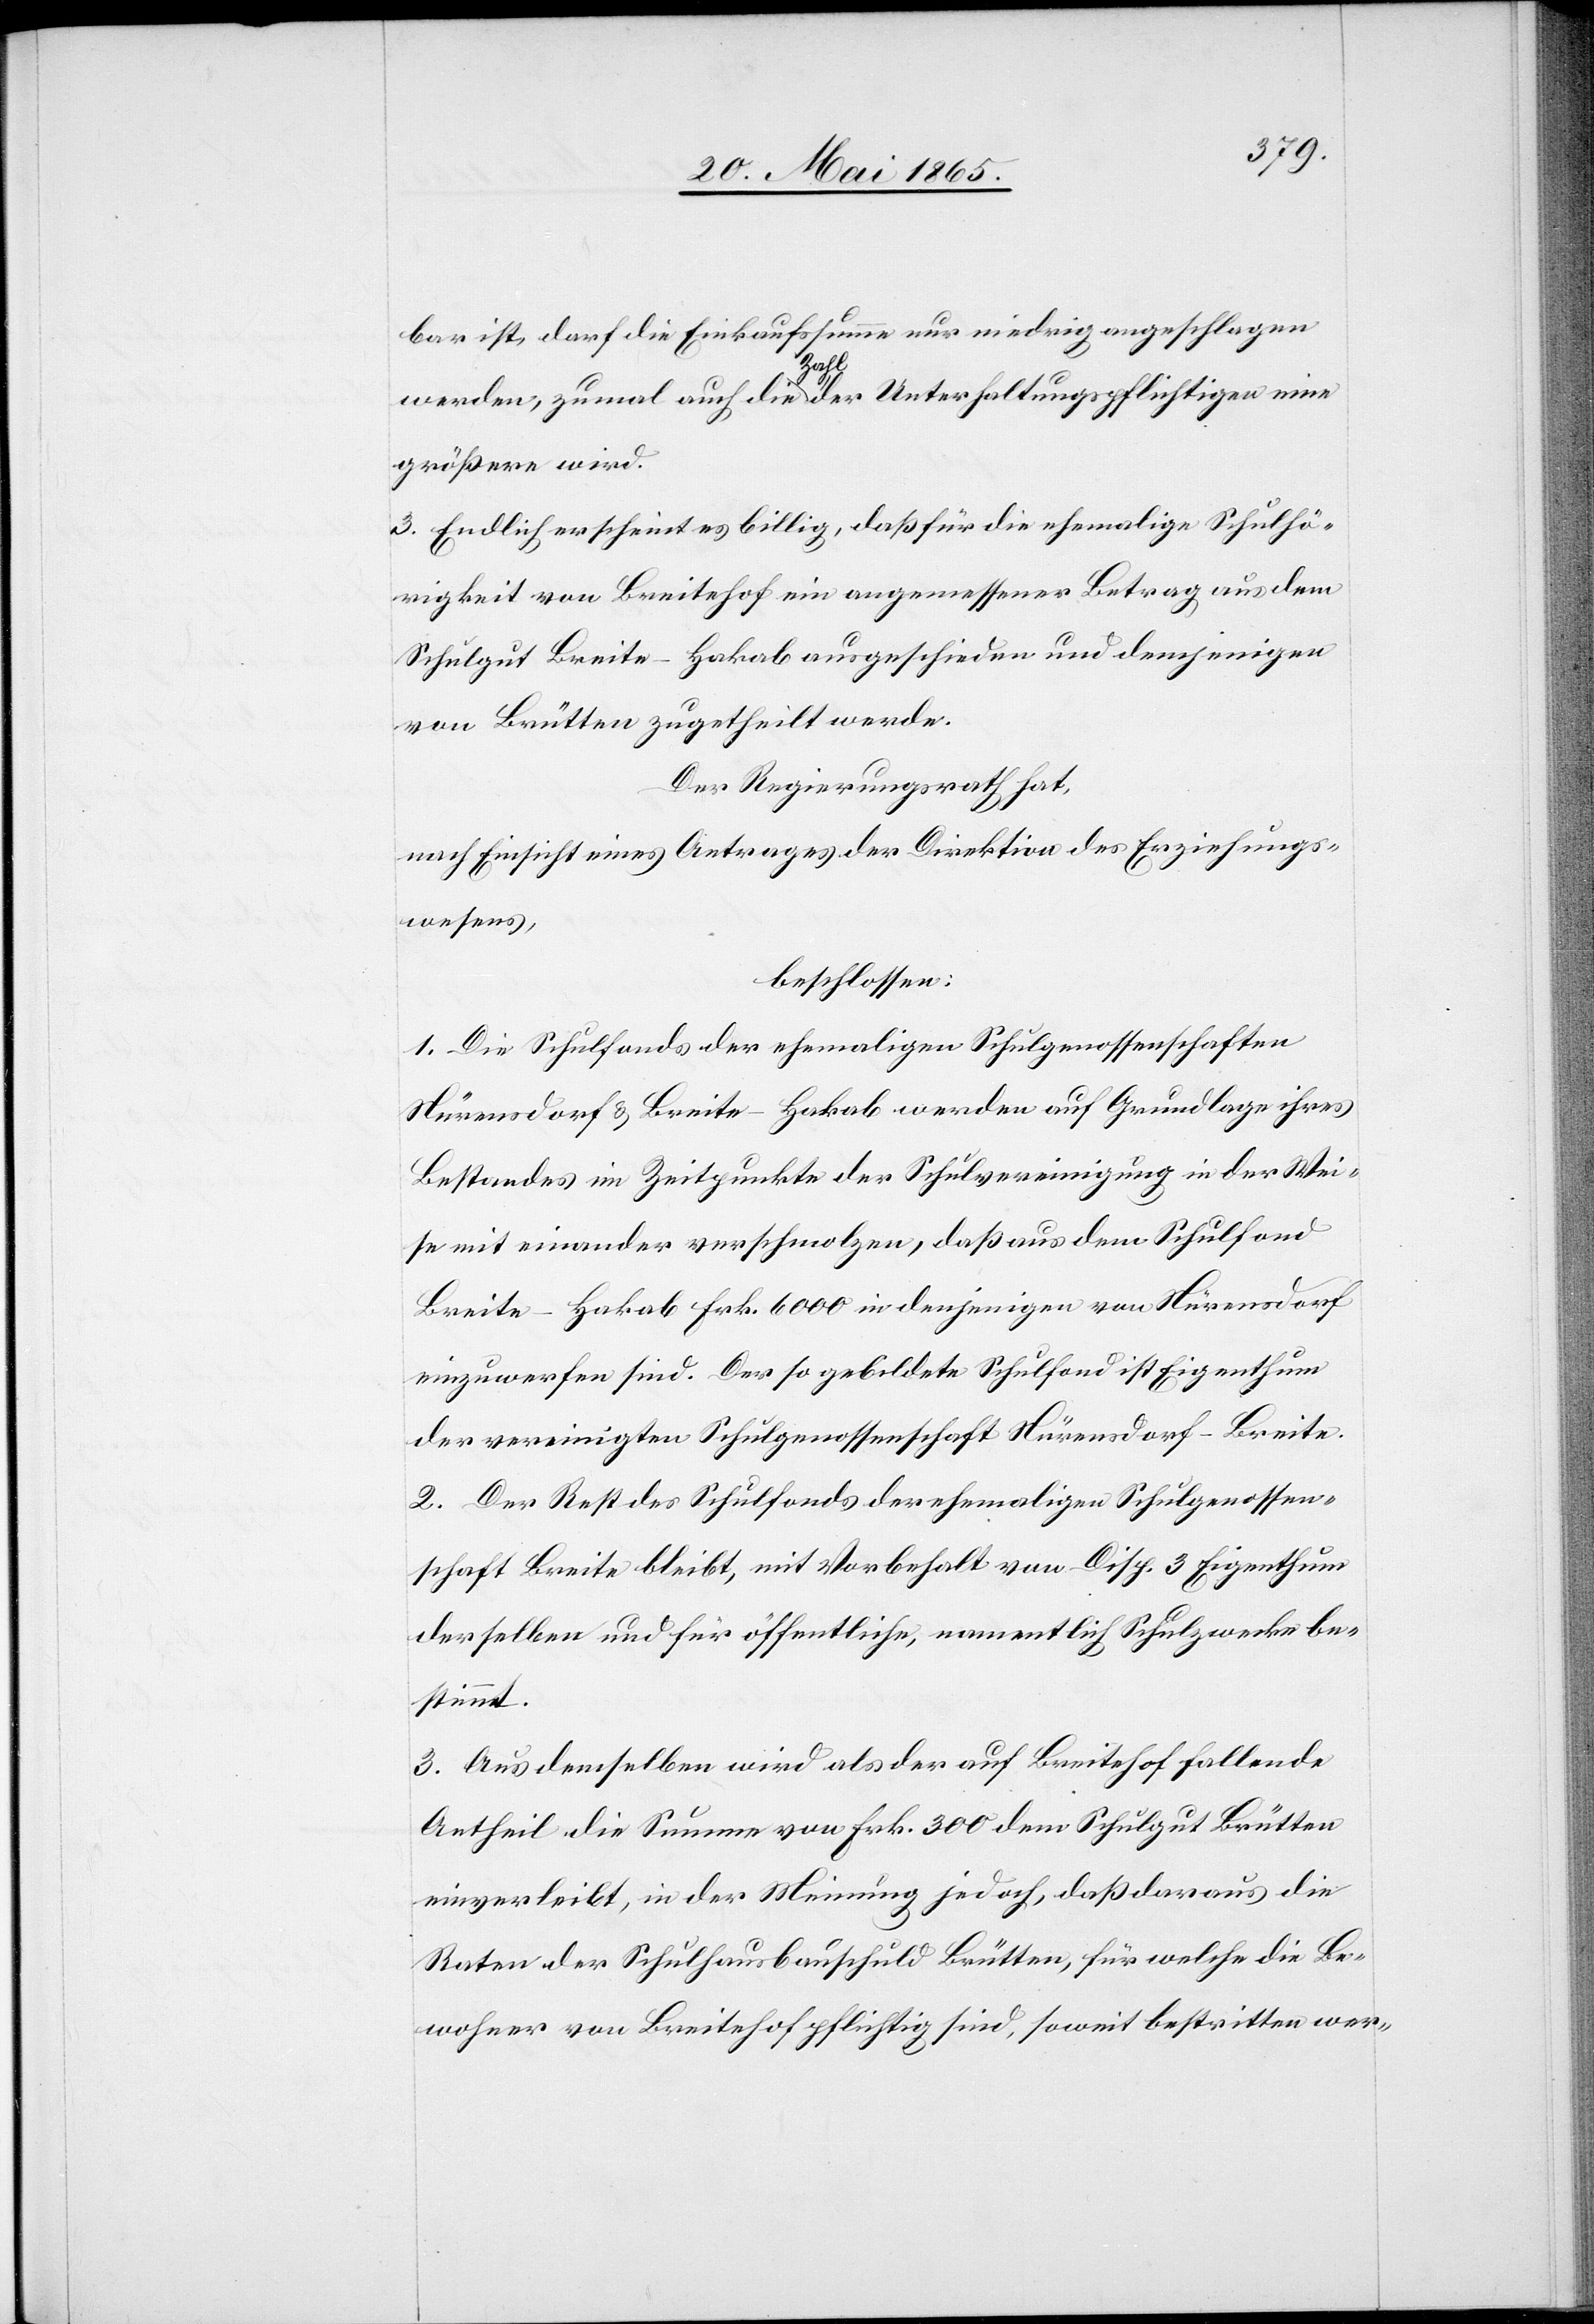
bar ist, darf die Einkaufssumme nur niedrig angeschlagen
werden, zumal auch die Zahl der Unterhaltungspflichtigen eine
größere wird.
3. Endlich erscheint es billig, daß für die ehemalige Schulhö¬
rigkeit von Breitehof ein angemessener Betrag aus dem
Schulgut Breite-Hakab ausgeschieden und demjenigen
von Brütten zugetheilt werde.
Der Regierungsrath hat,
nach Einsicht eines Antrages der Direktion des Erziehungs¬
wesens,
beschlossen:
1. Die Schulfonds der ehemaligen Schulgenossenschaften
Nürensdorf & Breite-Hakab werden auf Grundlage ihres
Bestandes im Zeitpunkte der Schulvereinigung in der Wei¬
se mit einander verschmolzen, daß aus dem Schulfond
Breite-Hakab Frk. 6000 in denjenigen von Nürensdorf
einzuwerfen sind. Der so gebildete Schulfond ist Eigenthum
der vereinigten Schulgenossenschaft Nürensdorf-Breite.
2. Der Rest des Schulfonds der ehemaligen Schulgenossen¬
schaft Breite bleibt, mit Vorbehalt von Disp. 3 Eigenthum
derselben und für öffentliche, namentlich Schulzwecke be¬
stimmt.
3. Aus demselben wird als der auf Breitehof fallende
Antheil die Summe von Frk. 300 dem Schulgut Brütten
einverleibt, in der Meinung jedoch, daß daraus die
Raten der Schulhausbauschuld Brütten, für welche die Be¬
wohner von Breitehof pflichtig sind, somit bestritten wer-